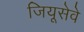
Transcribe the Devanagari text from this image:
जियूसेवे